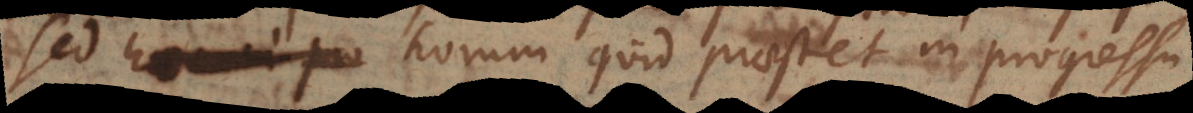
Sed horum quid praestet in progressu